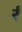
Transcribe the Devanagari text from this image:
र्र